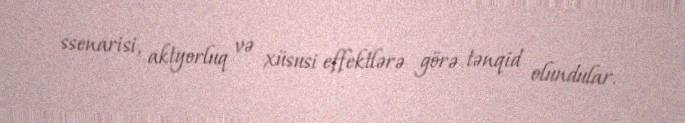
ssenarisi, aktyorluq və xüsusi effektlərə görə tənqid olundular.